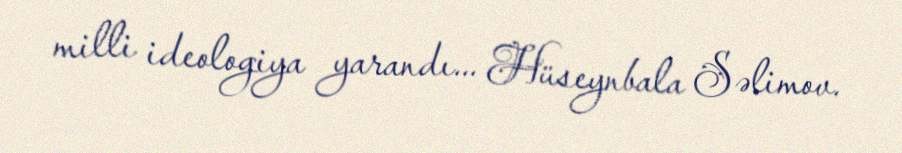
milli ideologiya yarandı... Hüseynbala Səlimov.